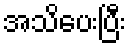
အသိပေးပြီး